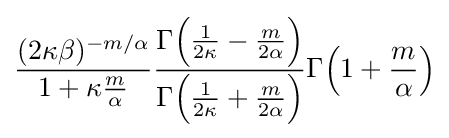
{\frac {(2\kappa \beta )^{-m/\alpha }}{1+\kappa {\frac {m}{\alpha }}}}{\frac {\Gamma {\Big (}{\frac {1}{2\kappa }}-{\frac {m}{2\alpha }}{\Big )}}{\Gamma {\Big (}{\frac {1}{2\kappa }}+{\frac {m}{2\alpha }}{\Big )}}}\Gamma {\Big (}1+{\frac {m}{\alpha }}{\Big )}